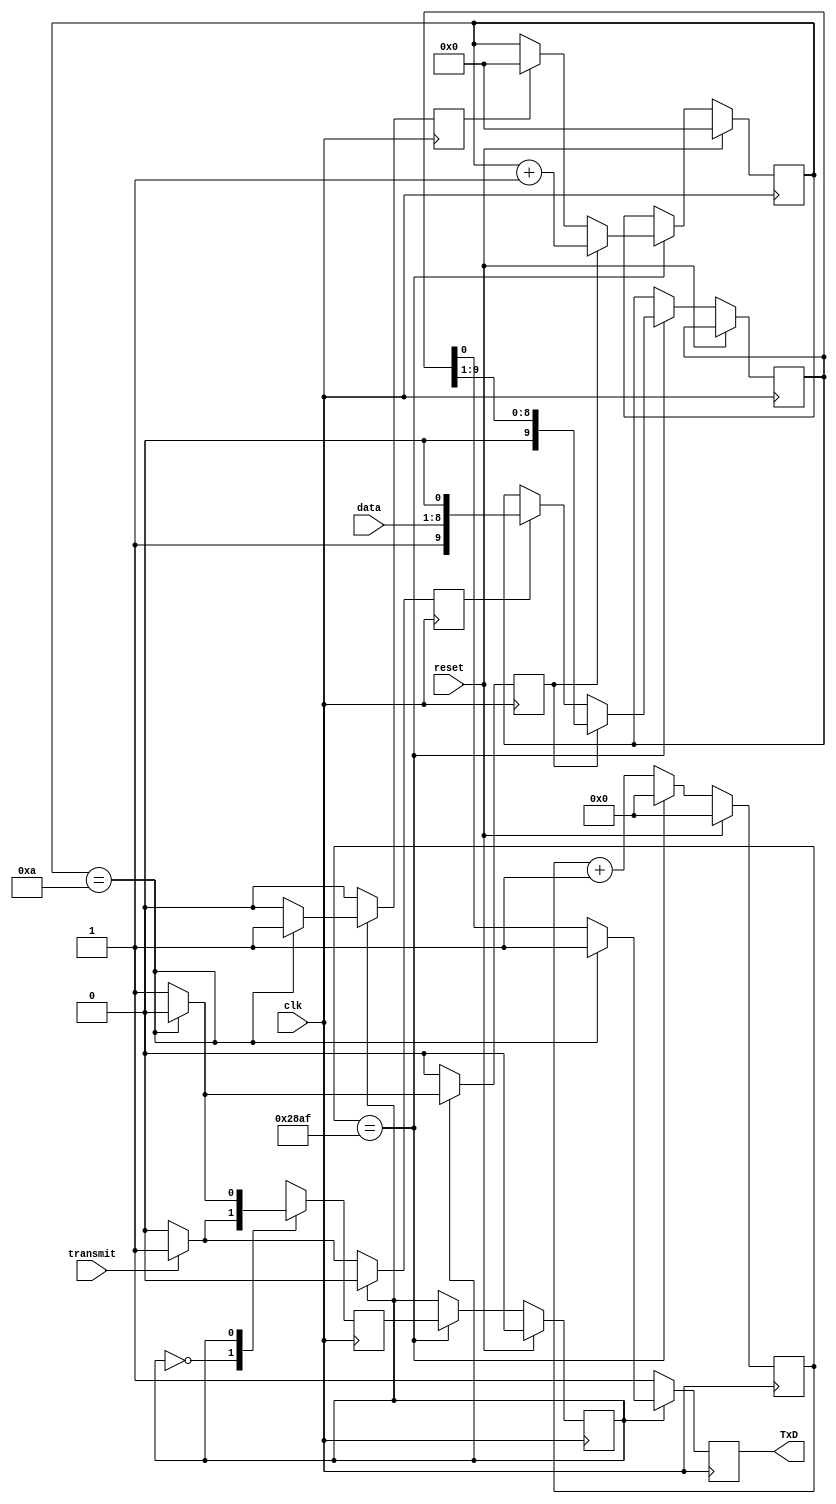
module Transmitter(
    input clk, 
    input reset, 
    input transmit,
    input [7:0] data,

    output reg TxD // 1bit output 
    );
    
    
    reg [3:0] bit_counter;//bit_counter count upto 10 bits i.e 2 bit for start/stop and 8 bit for data
    reg [13:0] baudrate_counter; //10,415, counter = clock/BR --> counter=100 Mhz / 9600
    reg [9:0] shiftright_register; //10 bits that will be serially transmitted through UART 
    reg state, next_state;// idle and start state
    reg shift; //shift signal to start shifting the bits 
    reg load;// load signal to start loading the data into the shiftright register, and add start and stop bits
    reg clear;//reset the bit_counter 
    
    parameter idle  = 0;
    parameter start = 1;
    
    always @(posedge clk)
    begin
        if (reset)
           begin
               state<=idle; 
               bit_counter<=0; //counter for bit transmission is reset to 0 every time when we recevie new data
               baudrate_counter<=0;// reset to zero every time when new data is recevie
           end
        else
            begin
                baudrate_counter<=baudrate_counter+1;// else increment baudrate counter
               if (baudrate_counter==10415)
                  begin
                      state<=next_state; //state changes from idle to start for transmitting
                      baudrate_counter<=0;//resetting counter
                      if (load) //if load is 1
                          shiftright_register<={1'b1, data,1'b0};//the data is loaded into the register, 10-bits where start and stop bit is added
                          if (clear)//if clear is 1
                              bit_counter<=0; // bit_counter is reset to 0 for new data transmmission
                               if (shift)//if shift signal is 1
                                  begin
                                      shiftright_register<=shiftright_register>>1;//start right shifting the data and transmitting bit by bit through TxD
                                      bit_counter<=bit_counter+1;// bit_counter is increment by 1
                                  end
                 end
           end
    end
    
    always @(posedge clk)
    begin
        load<=0; 
        shift<=0;
        clear<=0; 
        TxD<=1; //when set to 1, there is no transmission in progress , as indicate stop bit 
    
    case(state) 
       idle: begin
                 if (transmit) //transmit button is pressed 
                    begin 
                        next_state<=start; // transmission start
                        load<=1; //start loading the bits
                        shift<=0; //no shift at this point;
                        clear<=0; // to avoid any clearing of any counter
                    end

                 else
                    begin //if transmit button is not pressed
                        next_state<=idle; 
                        TxD<=1; //no transmission the set to 1
                    end
              end
    
       start: begin //transmitting start
                  if (bit_counter==10)// indicate transmission is done 
                      begin
                          next_state<=idle; 
                          clear<=1; //clear all the counters that reset the bit_counter
                      end
                  else
                      begin
                          next_state<=start; //stay in the transmit state
                           TxD<=shiftright_register[0]; // zero'th bit is transmitted to TxD every time after shift operation
                           shift<=1;//continue shifting the data
                      end
               end
       default: next_state<=idle;
   endcase
          
    end
endmodule